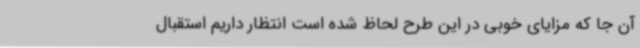
آن جا که مزایای خوبی در این طرح لحاظ شده است انتظار داریم استقبال